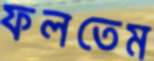
ফলতেম